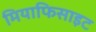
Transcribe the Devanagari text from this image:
मियाफिसाइट